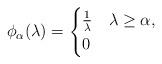
LaTeX: \begin{align*} \phi_\alpha(\lambda) = \begin{cases}\frac1\lambda & \lambda\geq \alpha,\\ 0 & \end{cases} \end{align*}